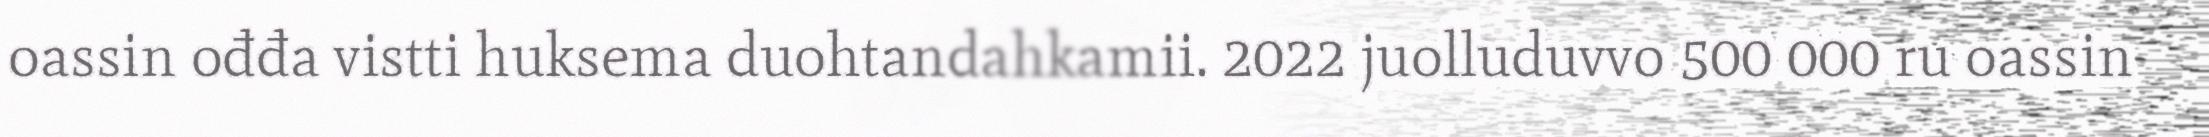
oassin ođđa vistti huksema duohtandahkamii. 2022 juolluduvvo 500 000 ru oassin